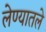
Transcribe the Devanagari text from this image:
लेण्यातले